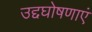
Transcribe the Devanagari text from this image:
उद्दघोषणाएं